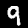
Label: 9